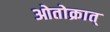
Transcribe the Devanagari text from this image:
ओतोक्रात्